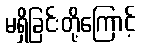
မရှိခြင်းတို့ကြောင့်